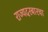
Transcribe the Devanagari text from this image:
राज्यदरबारचा